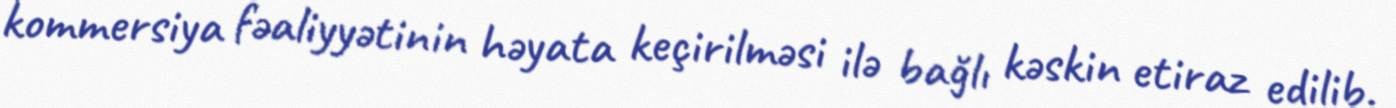
kommersiya fəaliyyətinin həyata keçirilməsi ilə bağlı kəskin etiraz edilib.